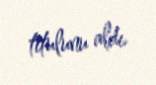
titulunu aldı.